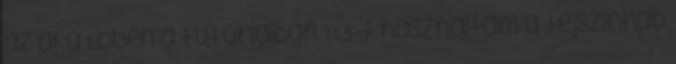
az ára Ebben a tutorialban TLS-t használtam a tejszínhab